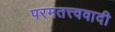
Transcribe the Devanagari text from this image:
परमतत्त्ववादी